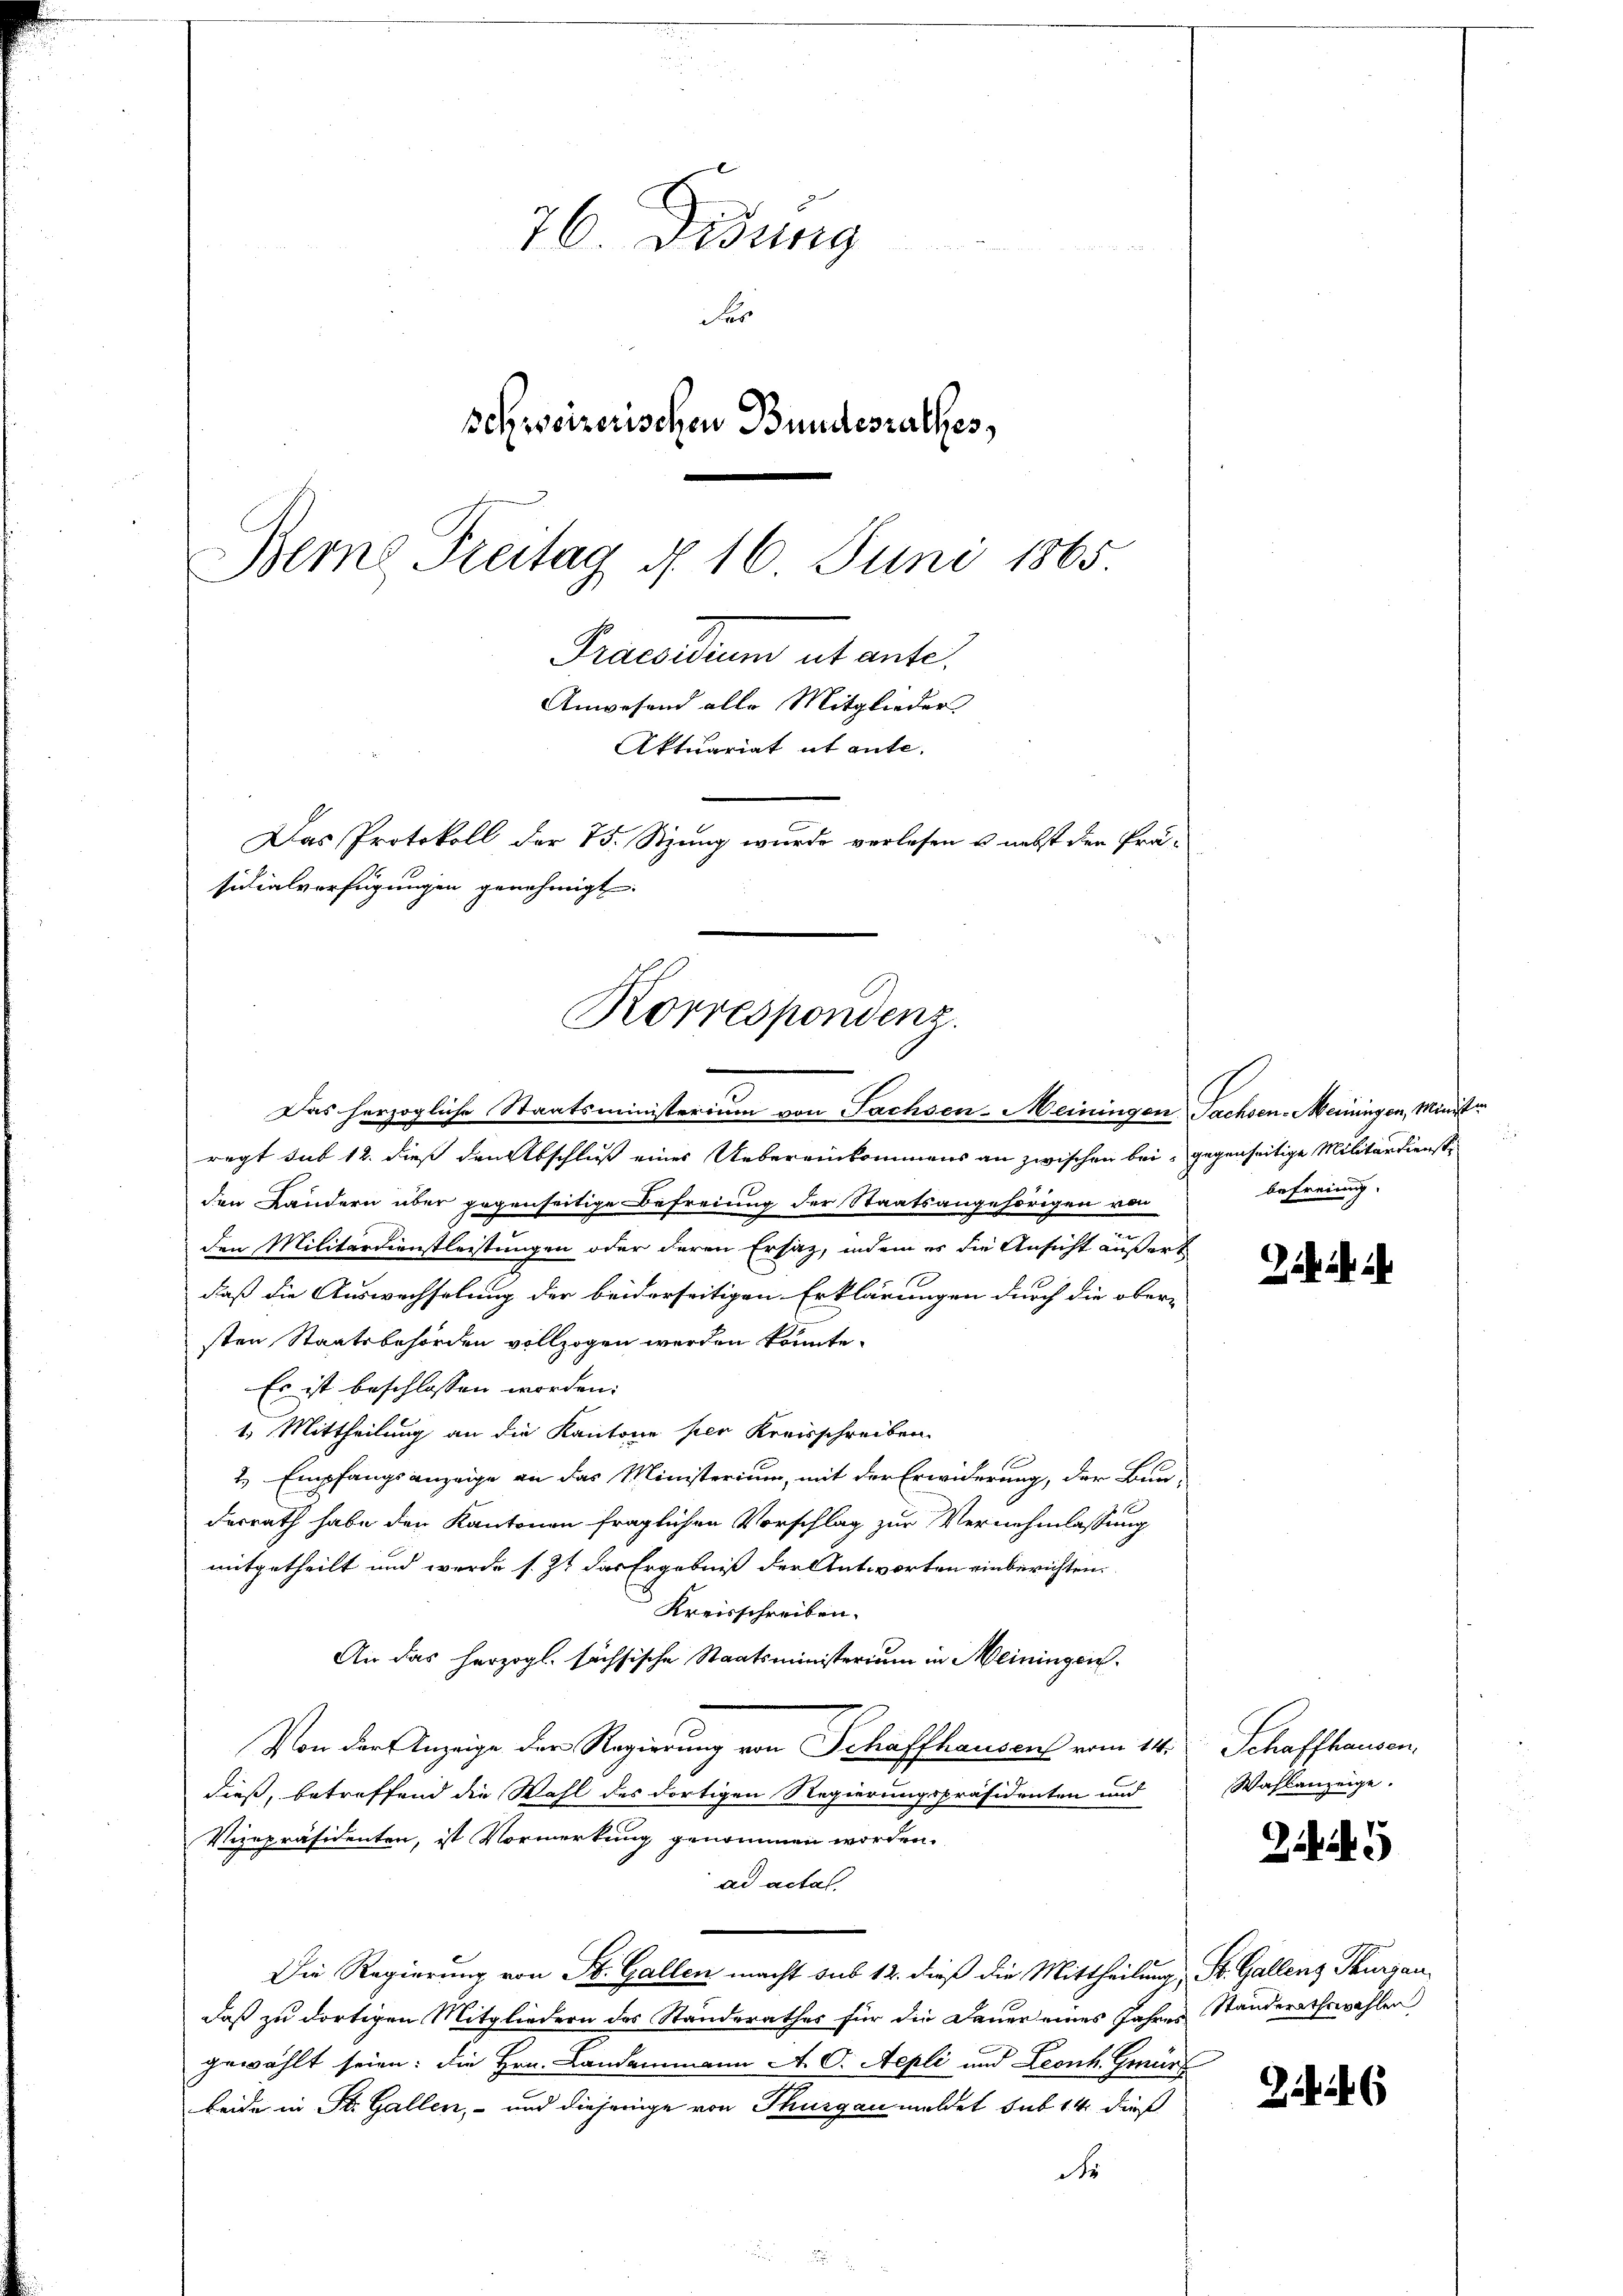
76 Didung

der
schweizerischen Bundesrathes,
Beme Freitag d. 16. Juni 1865.
Praesidum ut ante.
Anwesend alle Mitglieder
Aktuariat it ante.
Das Protokoll der 15. Sitzung wurde verlesen u. nebst den Prä-
sidialverfügungen genehmigt.

Korrespondenz
Das herzogliche Staatsministerium von Sachsen-Meiningen Sachsen-Meiningen, Minister

regt sub 12. dieß den Abschluß eines Uebereinkommens an zwischen bei gegenseitige Militärdienste
den Ländern über gegenseitige Befreiung der Staatsangehörigen von
den Militärdienstleistungen oder deren Ersatz, indem es die Ansicht äußert
daß die Auswechselung der beiderseitigen Erklärungen durch die ober-
sten Staatsbehörden vollzogen werden könnte.
Es ist beschlossen worden.
1.) Mittheilung an die Kantone per Kreisschreiben
2. Empfangsanzeige an das Ministerium, mit der Erwiderung, der Bun-
derrath habe den Kantonen fraglichen Vorschlag zur Vernehmlassung
mitgetheilt und werde s. Zt das Ergebniß der Antworten einberichten.
Kreisschreiben.
An das herzogl. sächsische Staatsministerium in Meiningen
Von der Anzeige der Regierung von Schaffhausens vom 14.
dieß, betreffend die Wahl des dortigen Regierungspräsidenten und
Vizepräsidenten, ist Vormerkung genommen worden.
ad actat.
Die Regierung von St. Gallen macht sub 12. dieß die Mittheilung, St. Gallenz Thurgau,
daß zu dortigen Mitgliedern des Standerathes für die Dauer eines Jahres Ständerathswahlen
gewählt seien: die Hrn. Landammann A. C. Aepli und Leonh. Gewürz
beide in St. Gallen, - und diejenige von Thurgau meldet sub 14. dieß
der

befreiung.

Behuf ih

Schaffhausen.
Wahlanzeige.

2445

6